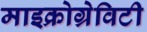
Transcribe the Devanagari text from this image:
माइक्रोग्रेविटी